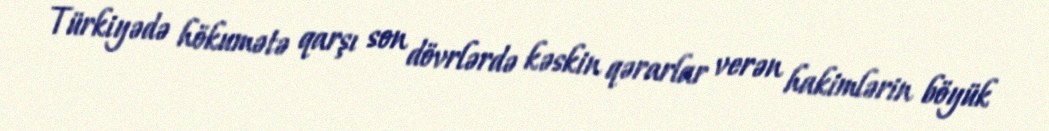
Türkiyədə hökumətə qarşı son dövrlərdə kəskin qərarlar verən hakimlərin böyük